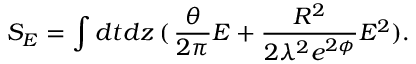
S _ { E } = \int d t d z \, ( \, \frac { \theta } { 2 \pi } E + \frac { R ^ { 2 } } { 2 \lambda ^ { 2 } e ^ { 2 \phi } } E ^ { 2 } ) .